Annual report on the working of the lock hospitals in the Central Provinces
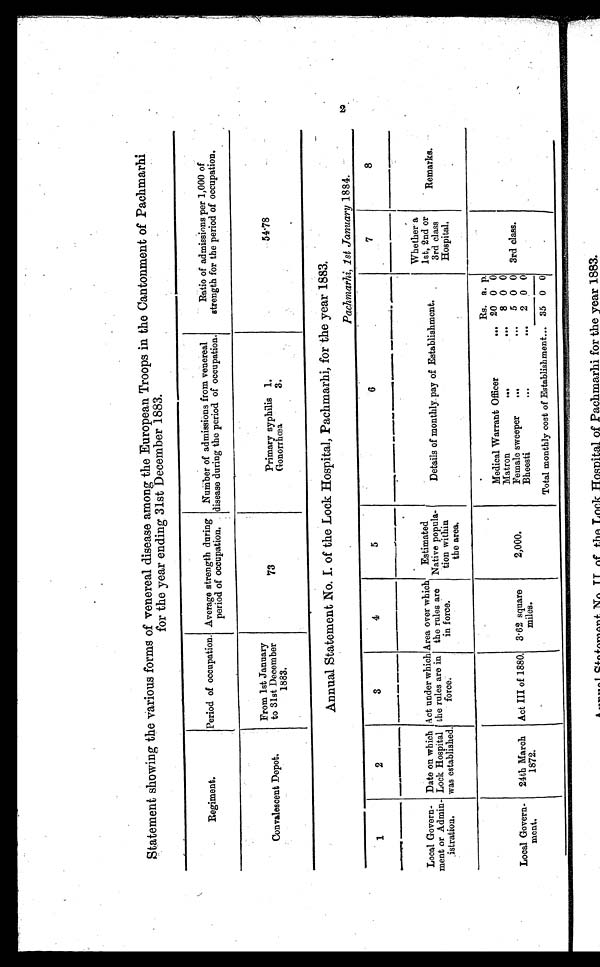
Statement showing the various forms of venereal disease among the European Troops in the Cantonment of Pachmarhi
for the year ending 31st December 1883.
Regiment.
Period of occupation. Average strength during
period of occupation.
Number of admissions from venereal
disease during the period of occupation.
Ratio of admissions per 1,000 of
strength for the period of occupation.
Convalescent Depot.
From 1st January
to 31st December
1883.
73
Primary syphilis 1.
Gonorrhoea
3.
54·78
Annual Statement No.I of the Lock Hospital, Pachmarhi, for the year 1883.
Pachmarhi. 1st January 1884.
1
2
3
4
5
6
7
8
Local Govern-
ment or Admin-
.istration.
Date on which
Lock Hospital
was established.
Act under which
the rules are in
force.
Area over which
the rules are
in force.
Estimated
Native popula-
tion within
the area.
Details of monthly pay of Establishment.
Whether a
1st, 2nd or
3d class
Hospital.
Remarks
.
Local Govern-
ment.
24th March
1872.
Act III of 1880. 3·62 square
miles.
2,000.
R s .
a. p.
3rd class.
Medical Warrant Officer
... 20 0 0
Matron
...
...
8 0 0
Female sweeper
...
...
5 0 0
Bheesti
...
...
2 0 0
Total monthly cost of Establishment... 35 0 0